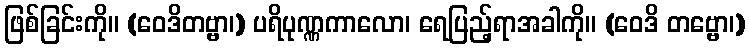
ဖြစ်ခြင်းကို။ (ဝေဒိတဗ္ဗာ၊) ပရိပုဏ္ဏကာလော၊ ရေပြည့်ရာအခါကို။ (ဝေဒိ တဗ္ဗော၊)